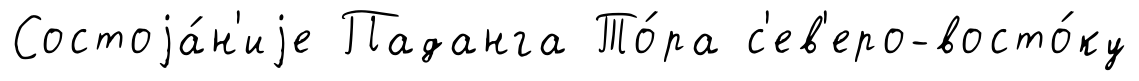
Состоjа́н'иjе Паданга То́ра с'ев'еро-восто́ку